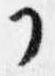
了